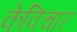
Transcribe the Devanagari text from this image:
केविचार